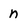
Character: n